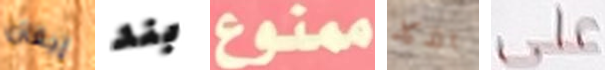
إيفان بند ممنوع الذكاء على